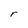
Character: r